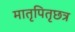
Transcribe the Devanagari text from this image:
मातृपितृछत्र